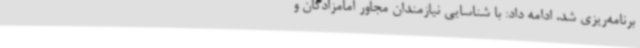
برنامه‌ریزی شد، ادامه داد: با شناسایی نیازمندان مجاور امامزادگان و